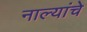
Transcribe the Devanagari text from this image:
नाल्यांचे